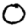
Digit: 0